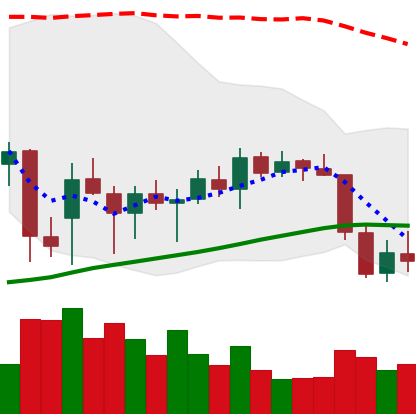
Ticker: ETH-USD
Chart end date: 2021-12-31
Forward return: -3.591%
Label: down_3_5